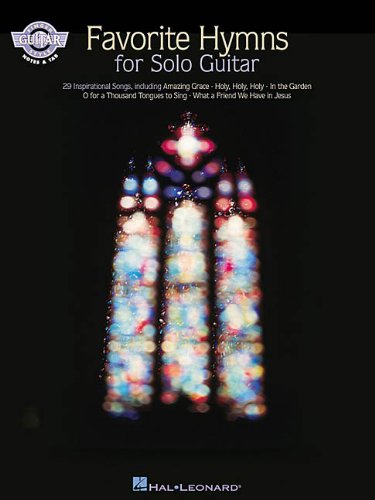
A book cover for FAVORITE HYMNS               FOR SOLO GUITAR (Fingerstyle Guitar); Christian Books & Bibles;